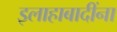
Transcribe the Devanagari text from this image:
इलाहाबादींना